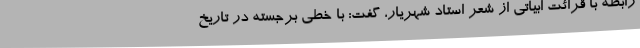
رابطه با قرائت ابیاتی از شعر استاد شهریار، گفت: با خطی برجسته در تاریخ